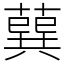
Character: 𦺈